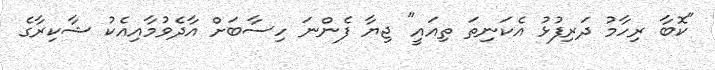
"ކޮބާ ރިހާމު ދަރިފުޅު އެކަނިތަ ތިއައީ" ޖިޔާ ފެންނަ ހިސާބަށް އާދެވުމާއިއެކު ޝާކިރާގެ